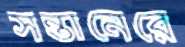
সন্তানেরে